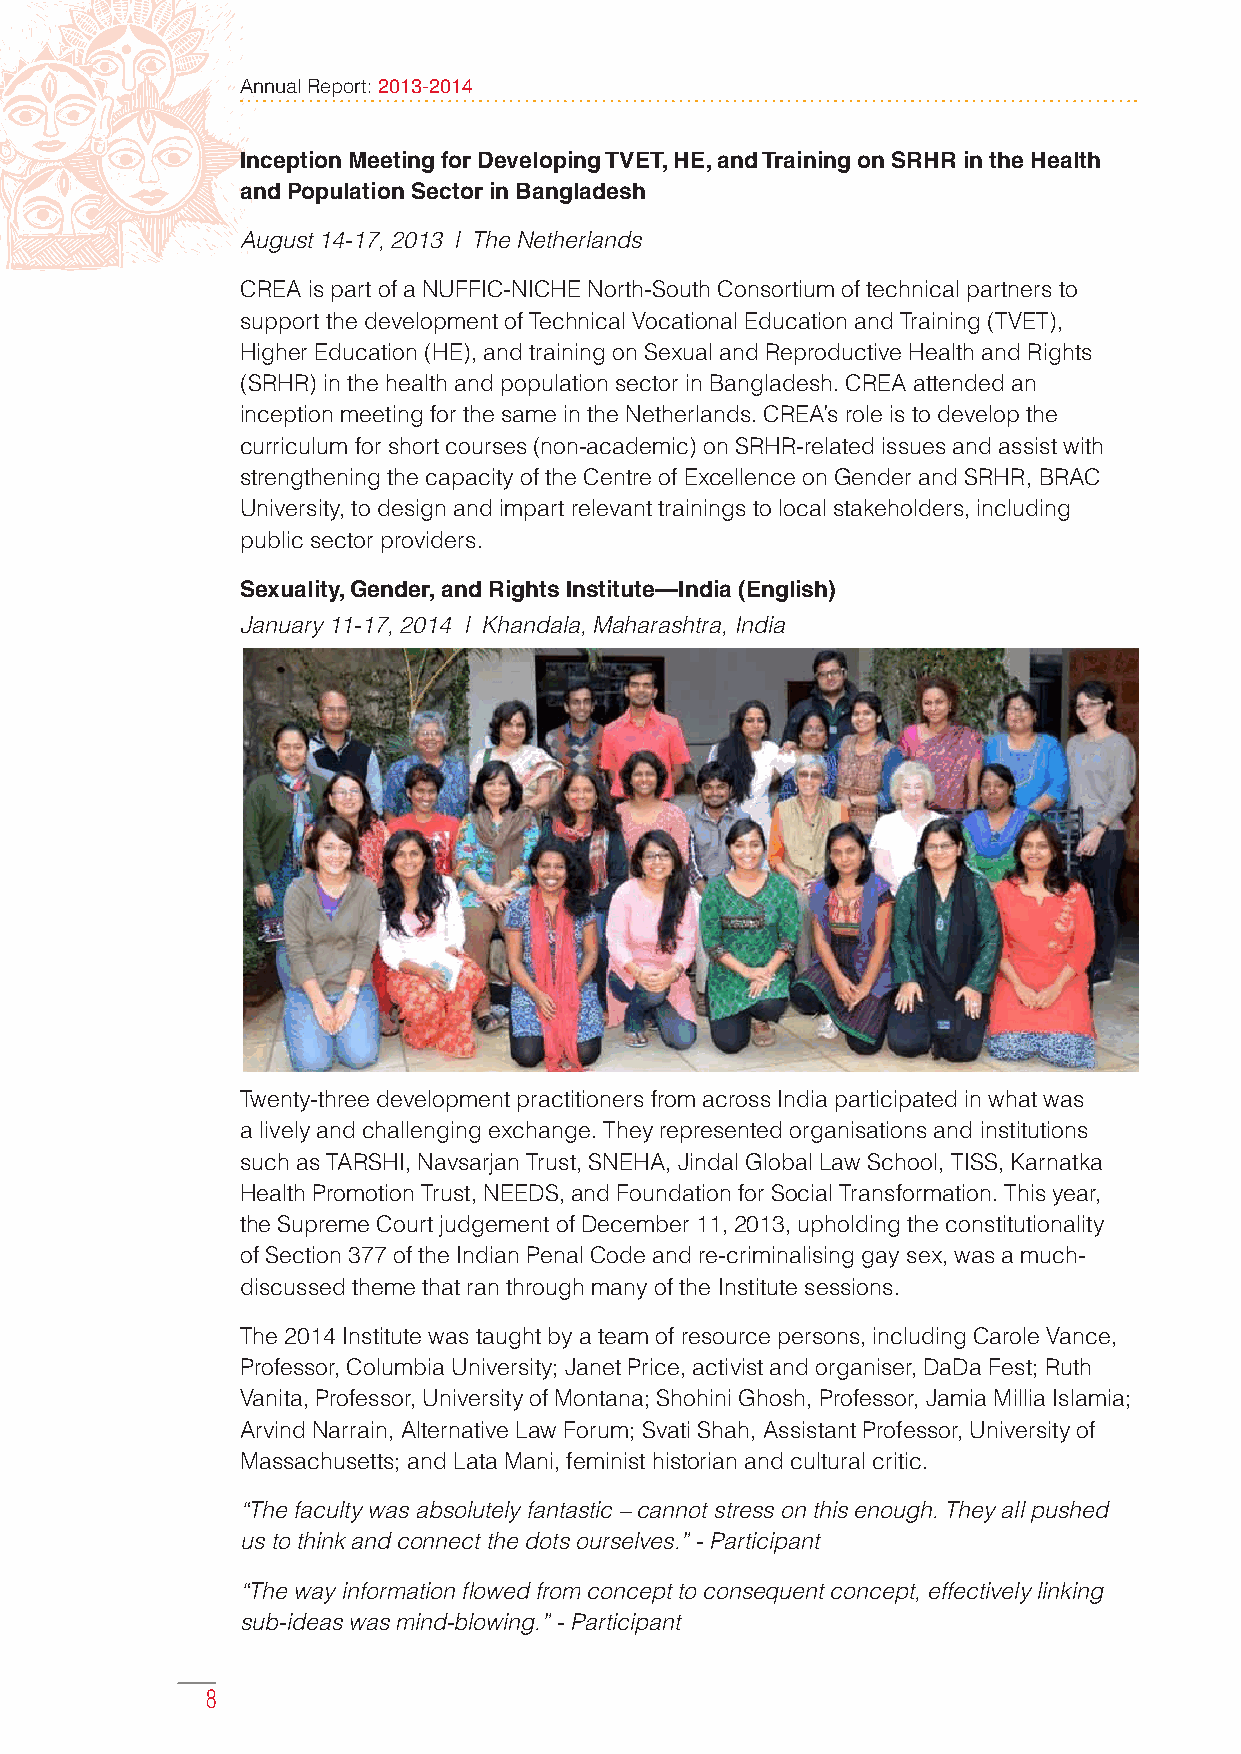
Annual Report: 2013-2014
 Inception Meeting for Developing TVET, HE, and Training on SRHR in the Health
 and Population Sector in Bangladesh
 August 14-17, 2013 | The Netherlands
 CREA is part of a NUFFIC-NICHE North-South Consortium of technical partners to
 support the development of Technical Vocational Education and Training (TVET),
 Higher Education (HE), and training on Sexual and Reproductive Health and Rights
 (SRHR) in the health and population sector in Bangladesh. CREA attended an
 inception meeting for the same in the Netherlands. CREA’s role is to develop the
 curriculum for short courses (non-academic) on SRHR-related issues and assist with
 strengthening the capacity of the Centre of Excellence on Gender and SRHR, BRAC
 University, to design and impart relevant trainings to local stakeholders, including
 public sector providers.
 Sexuality, Gender, and Rights Institute—India (English)
 January 11-17, 2014 | Khandala, Maharashtra, India
 Twenty-three development practitioners from across India participated in what was
 a lively and challenging exchange. They represented organisations and institutions
 such as TARSHI, Navsarjan Trust, SNEHA, Jindal Global Law School, TISS, Karnatka
 Health Promotion Trust, NEEDS, and Foundation for Social Transformation. This year,
 the Supreme Court judgement of December 11, 2013, upholding the constitutionality
 of Section 377 of the Indian Penal Code and re-criminalising gay sex, was a much-
 discussed theme that ran through many of the Institute sessions.
 The 2014 Institute was taught by a team of resource persons, including Carole Vance,
 Professor, Columbia University; Janet Price, activist and organiser, DaDa Fest; Ruth
 Vanita, Professor, University of Montana; Shohini Ghosh, Professor, Jamia Millia Islamia;
 Arvind Narrain, Alternative Law Forum; Svati Shah, Assistant Professor, University of
 Massachusetts; and Lata Mani, feminist historian and cultural critic.
 “The faculty was absolutely fantastic – cannot stress on this enough. They all pushed
 us to think and connect the dots ourselves.” - Participant
 “The way information flowed from concept to consequent concept, effectively linking
 sub-ideas was mind-blowing.” - Participant
 8